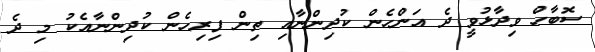
ސޮބާހް ވިދާޅުވީ ދެ އަންހެން ކުދިންނާއި ތިން ފިރިހެން ކުދިންނާއެކު މި ދެ